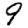
Digit: 9